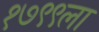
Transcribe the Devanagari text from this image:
१७९९ला